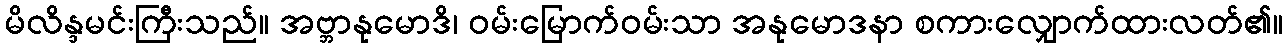
မိလိန္ဒမင်းကြီးသည်။ အဗ္ဘာနုမောဒိ၊ ဝမ်းမြောက်ဝမ်းသာ အနုမောဒနာ စကားလျှောက်ထားလတ်၏။